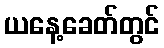
ယနေ့ခေတ်တွင်